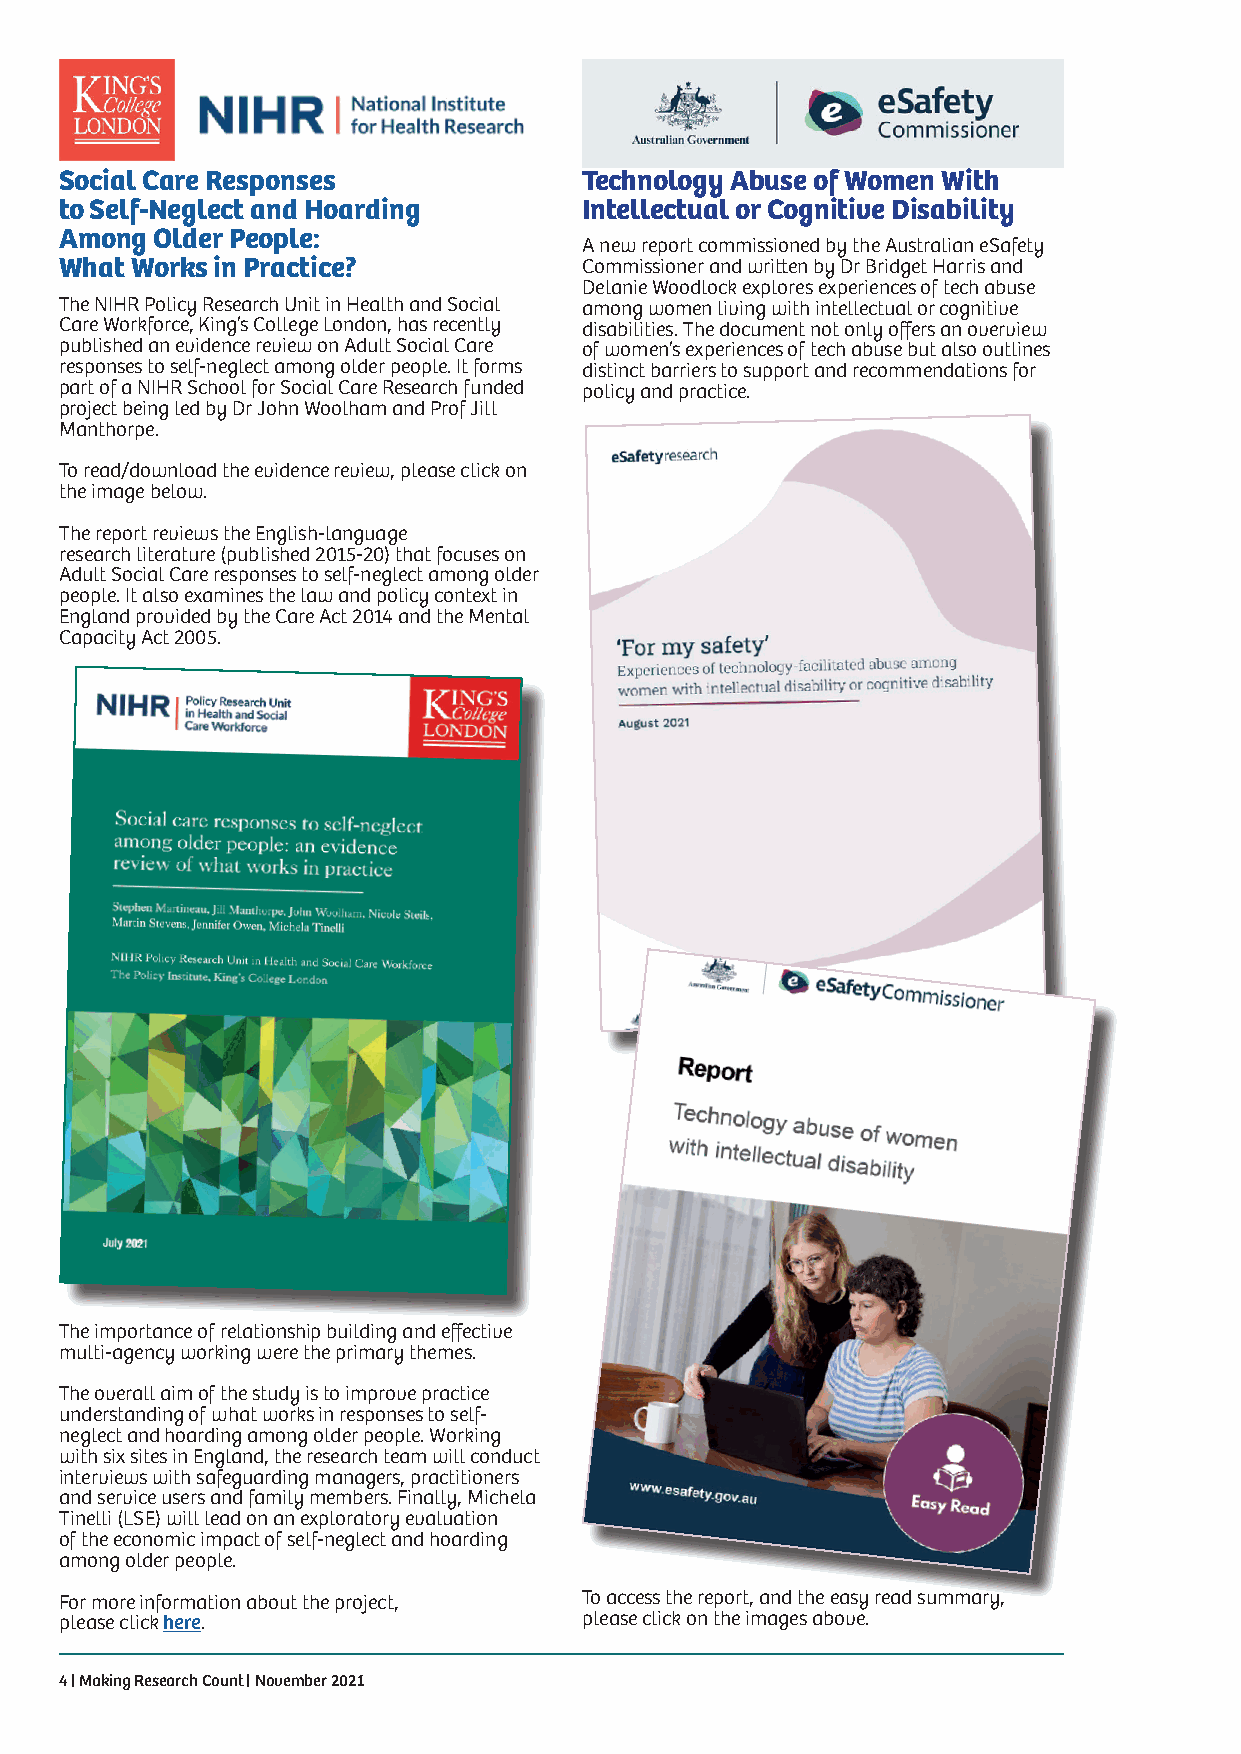
Social Care Responses              Technology Abuse of Women With
 to Self-Neglect and Hoarding       Intellectual or Cognitive Disability
 Among Older People:
 A new report commissioned by the Australian eSafety
 What Works in Practice?            Commissioner and written by Dr Bridget Harris and
 Delanie Woodlock explores experiences of tech abuse
 The NIHR Policy Research Unit in Health and Social among women living with intellectual or cognitive
 Care Workforce, King’s College London, has recently disabilities. The document not only offers an overview
 published an evidence review on Adult Social Care of women’s experiences of tech abuse but also outlines
 responses to self-neglect among older people. It forms distinct barriers to support and recommendations for
 part of a NIHR School for Social Care Research funded policy and practice.
 project being led by Dr John Woolham and Prof Jill
 Manthorpe.
 To read/download the evidence review, please click on
 the image below.
 The report reviews the English-language
 research literature (published 2015-20) that focuses on
 Adult Social Care responses to self-neglect among older
 people. It also examines the law and policy context in
 England provided by the Care Act 2014 and the Mental
 Capacity Act 2005.
 The importance of relationship building and effective
 multi-agency working were the primary themes.
 The overall aim of the study is to improve practice
 understanding of what works in responses to self-
 neglect and hoarding among older people. Working
 with six sites in England, the research team will conduct
 interviews with safeguarding managers, practitioners
 and service users and family members. Finally, Michela
 Tinelli (LSE) will lead on an exploratory evaluation
 of the economic impact of self-neglect and hoarding
 among older people.
 For more information about the project, To access the report, and the easy read summary,
 please click here.                 please click on the images above.
 4 | Making Research Count | November 2021